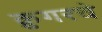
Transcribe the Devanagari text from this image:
क्रुगरचे